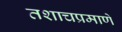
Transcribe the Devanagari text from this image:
तशाचप्रमाणे